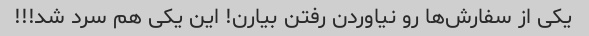
یکی از سفارش‌ها رو نیاوردن رفتن بیارن! این یکی هم سرد شد!!!